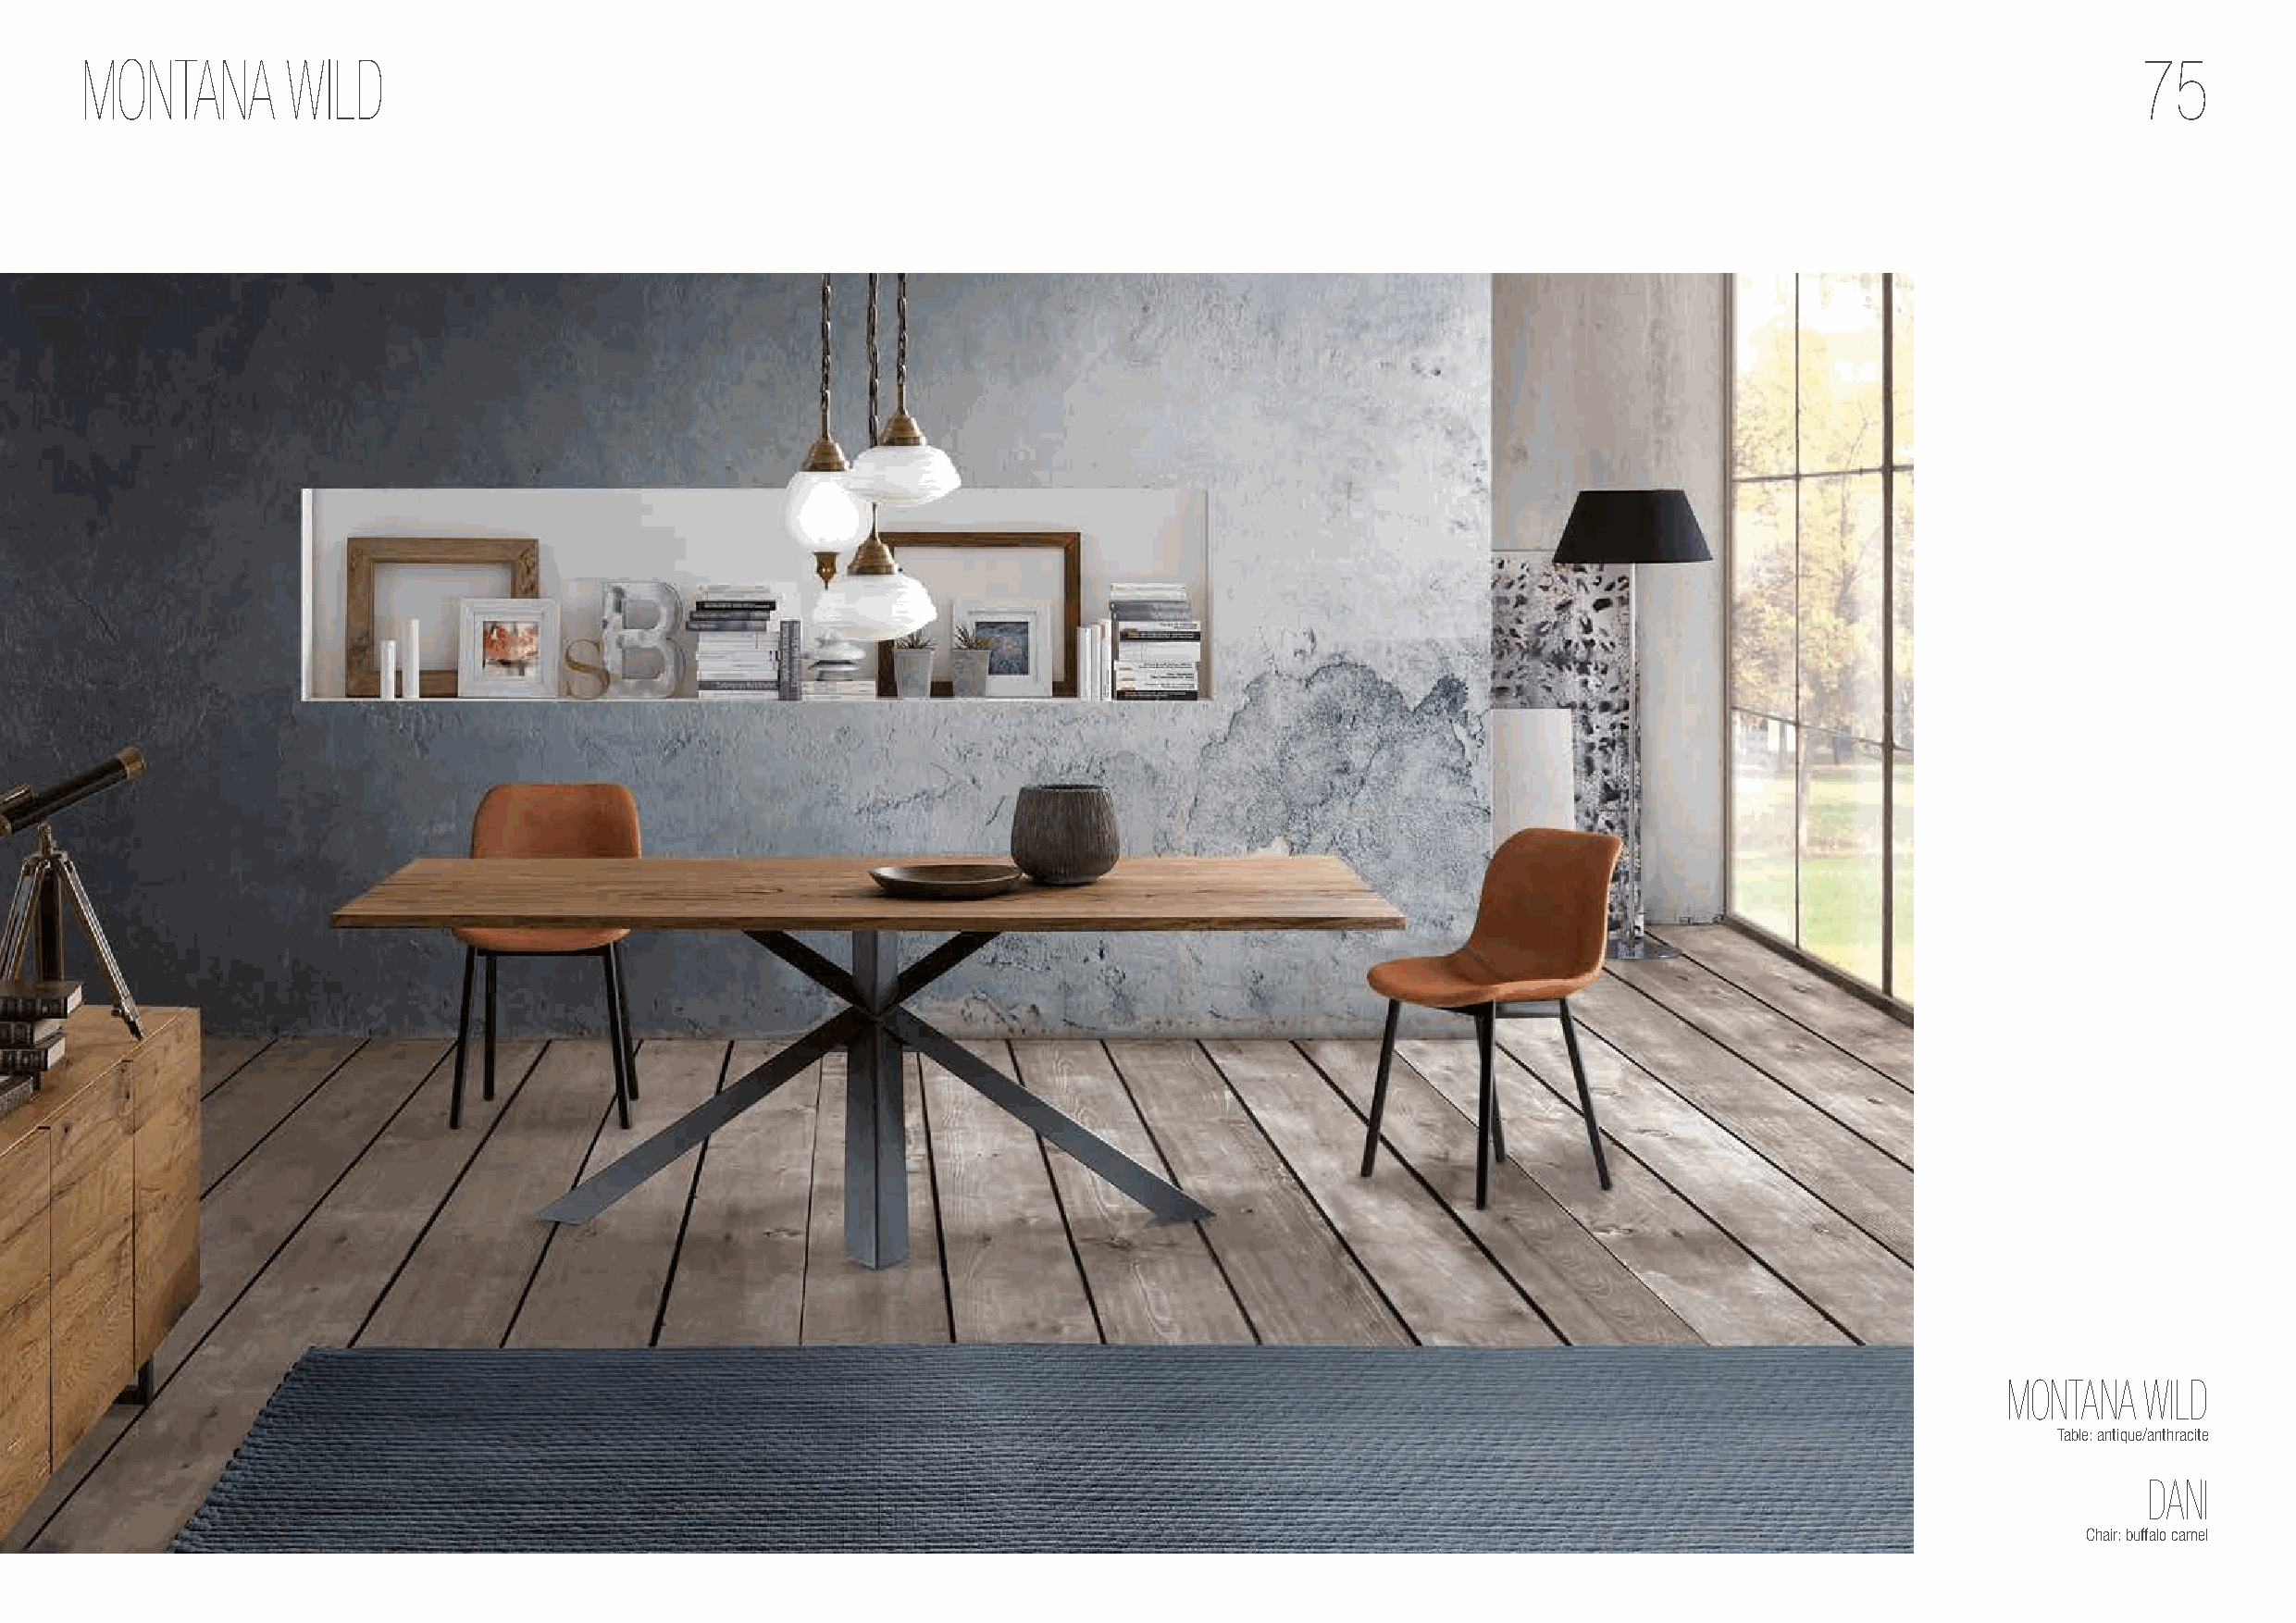
MONTANA       WILD                                                                                                                                 75
 MONTANA  WILD
 Table: antique/anthracite
 DANI
 Chair: buffalo camel